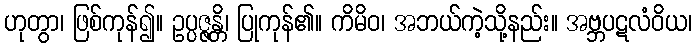
ဟုတွာ၊ ဖြစ်ကုန်၍။ ဥပ္ပဇ္ဇန္တိ၊ ပြုကုန်၏။ ကိမိဝ၊ အဘယ်ကဲ့သို့နည်း။ အဗ္ဘပဋလံဝိယ၊